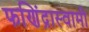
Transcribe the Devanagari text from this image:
फणिंद्रास्वामी